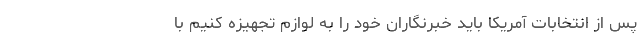
پس از انتخابات آمریکا باید خبرنگاران خود را به لوازم تجهیزه کنیم با